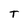
Character: T